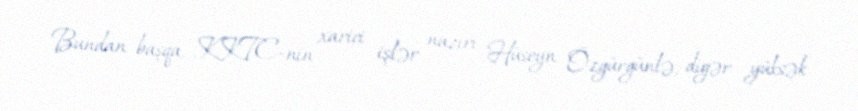
Bundan başqa, KKTC-nin xarici işlər naziri Hüseyn Özgürgünlə, digər yüksək